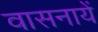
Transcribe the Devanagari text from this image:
वासनायें